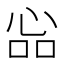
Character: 𢙈